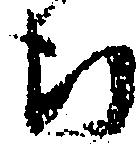
ち